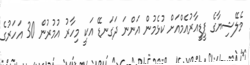
މެލޭޝިޔާގެ ޕީޑީއާރުއެމްއަށް ކުޅެމުން އަންނަ ދަގަނޑޭ އަކީ މިހާރު އުމުރުން 30 އަހަރުގެ